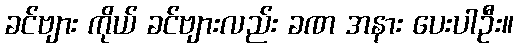
ခင်ဗျား ကိုယ် ခင်ဗျားလည်း ခဏ အနား ပေးပါဦး။